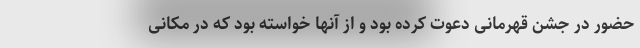
حضور در جشن قهرمانی دعوت کرده بود و از آنها خواسته بود که در مکانی